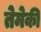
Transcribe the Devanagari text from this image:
तेमेकी